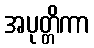
အပုတ္တိကာ